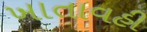
ખાતાવહી